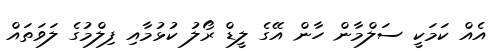
އެއް ކަމަކީ ސަލްމާން ހާން އޭގެ ލީޑް ރޯލު ކުޅުމާއި ފިލްމުގެ ލަވަތައް